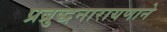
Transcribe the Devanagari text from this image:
प्रब्रुद्धनारायणाने